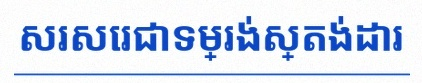
សរសេរជាទម្រង់ស្តង់ដារ